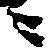
ニ